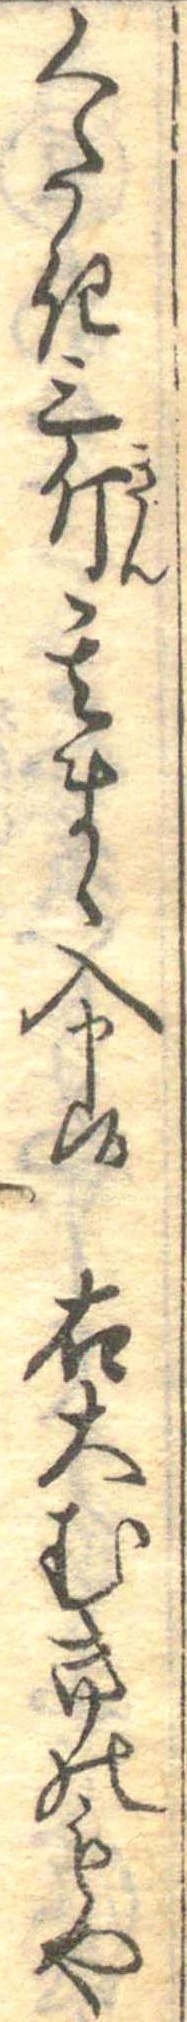
くたき三斤其まゝ入申候右大むきのもや